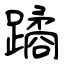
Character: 蹫